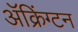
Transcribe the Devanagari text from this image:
ॲक्रिंग्टन